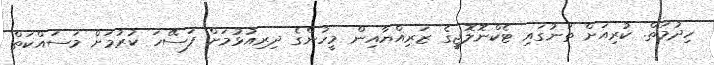
ހިދުމަތް. ކުރިއަށް ތަނުގައި ޓެކްނޮލޮޖީގެ ޒަރިއްޔާއިން މީހުންގެ ދިރިއުޅުމަށް ފަސޭހަ ކުރުމަށް މަސައްކަތް